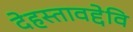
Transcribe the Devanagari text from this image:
देहस्तावद्देवि